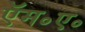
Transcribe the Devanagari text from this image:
ऍम॰ए॰